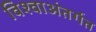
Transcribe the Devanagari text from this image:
विश्वाअंतर्गत